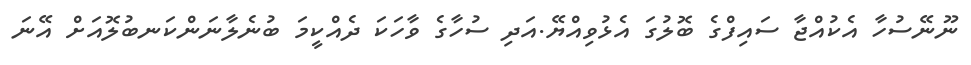
ނޫނޭސުހާ އެކުއްޖާ ސައިފްގެ ބޮލުގަ އެޅުވިއްޔޭ.އަދި ސުހާގެ ވާހަކަ ދެއްކީމަ ބުނެލާނަންކަނބުލޮއަށް އޭނަ